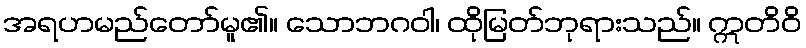
အရဟမည်တော်မူ၏။ သောဘဂဝါ၊ ထိုမြတ်ဘုရားသည်။ ဣတိဝိ